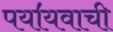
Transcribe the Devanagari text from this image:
पया॔यवाची